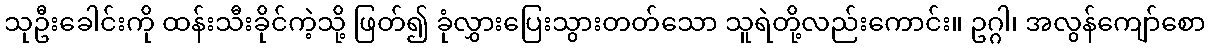
သုဦးခေါင်းကို ထန်းသီးခိုင်ကဲ့သို့ ဖြတ်၍ ခုံလွှားပြေးသွားတတ်သော သူရဲတို့လည်းကောင်း။ ဥဂ္ဂါ၊ အလွန်ကျော်စော